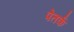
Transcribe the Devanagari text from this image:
पेतर्क